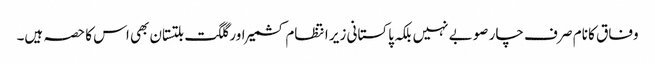
وفاق کا نام صر ف چار صوبے نہیں بلکہ پاکستانی زیر انتظام کشمیر اور گلگت بلتستان بھی اس کا حصہ ہیں۔